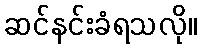
ဆင်နင်းခံရသလို။